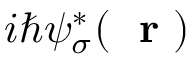
i \hbar \psi _ { \sigma } ^ { * } ( \mathrm { ~ \bf ~ r ~ } )